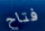
فتاح